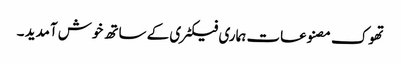
تھوک مصنوعات ہماری فیکٹری کے ساتھ خوش آمدید ۔